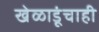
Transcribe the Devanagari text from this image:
खेळाडूंचाही